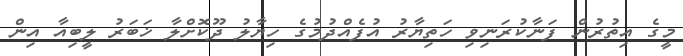
މީގެ އިތުރުން ފަނާކުރަނިވި ހަތިޔާރު އުފެއްދުމުގެ ހިޔާލު ދޫކޮށްލާ ޚަބަރު ލީބިއާ އިން